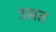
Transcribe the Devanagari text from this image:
उसत